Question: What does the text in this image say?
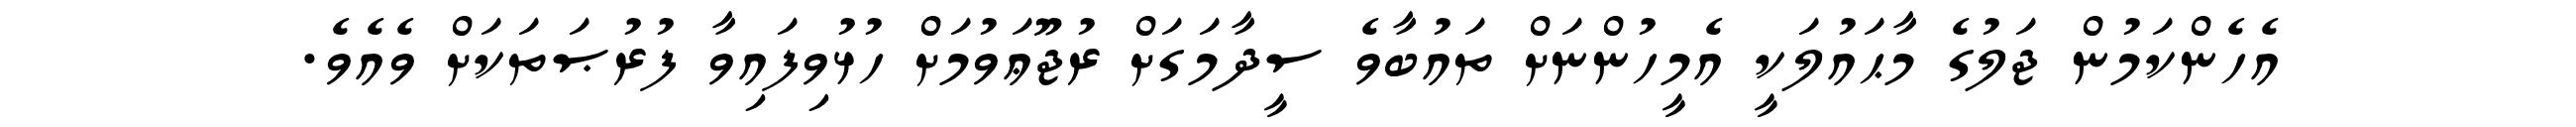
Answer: އެހެންކަމުން ޖަލުގެ މާޙައުލަކީ އެމީހުންނަށް ތައުބާވެ ސީދާމަގަށް ރުޖޫޢަވުމަށް ހުޅުވިފައިވާ ފުރުޞަތަކަށް ވެއެވެ.